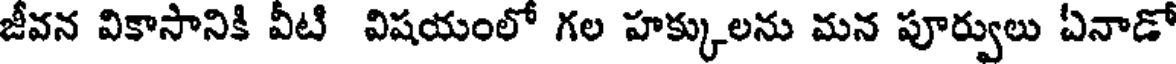
జీవన వికాసానికి వీటి విషయంలో గల హక్కులను మన పూర్వులు ఏనాడో